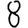
Digit: 8